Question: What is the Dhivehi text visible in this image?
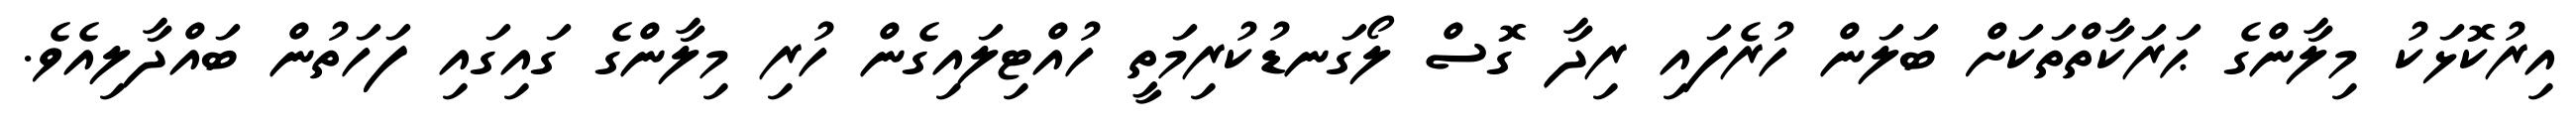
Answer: އިރުކޮޅަކު މިލާންގެ ޙަރަކާތްތަކަށް ބަލަން ހުރެފައި ރިދާ ގޮސް ލޯގަނޑުކުރިމަތީ ހުއްޓިލައިގެން ހުރި މިލާންގެ ގައިގައި ފަހަތުން ބައްދާލިއެވެ.